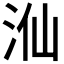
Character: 𣳈